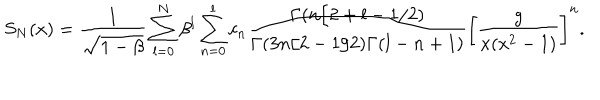
S _ { N } ( x ) = { \frac { 1 } { \sqrt { 1 - \beta } } } \sum _ { l = 0 } ^ { N } \beta ^ { l } \sum _ { n = 0 } ^ { l } c _ { n } { \frac { \Gamma ( n / 2 + l - 1 / 2 ) } { \Gamma ( 3 n / 2 - 1 / 2 ) \Gamma ( l - n + 1 ) } } \left[ { \frac { g } { x ( x ^ { 2 } - 1 ) } } \right] ^ { n } .